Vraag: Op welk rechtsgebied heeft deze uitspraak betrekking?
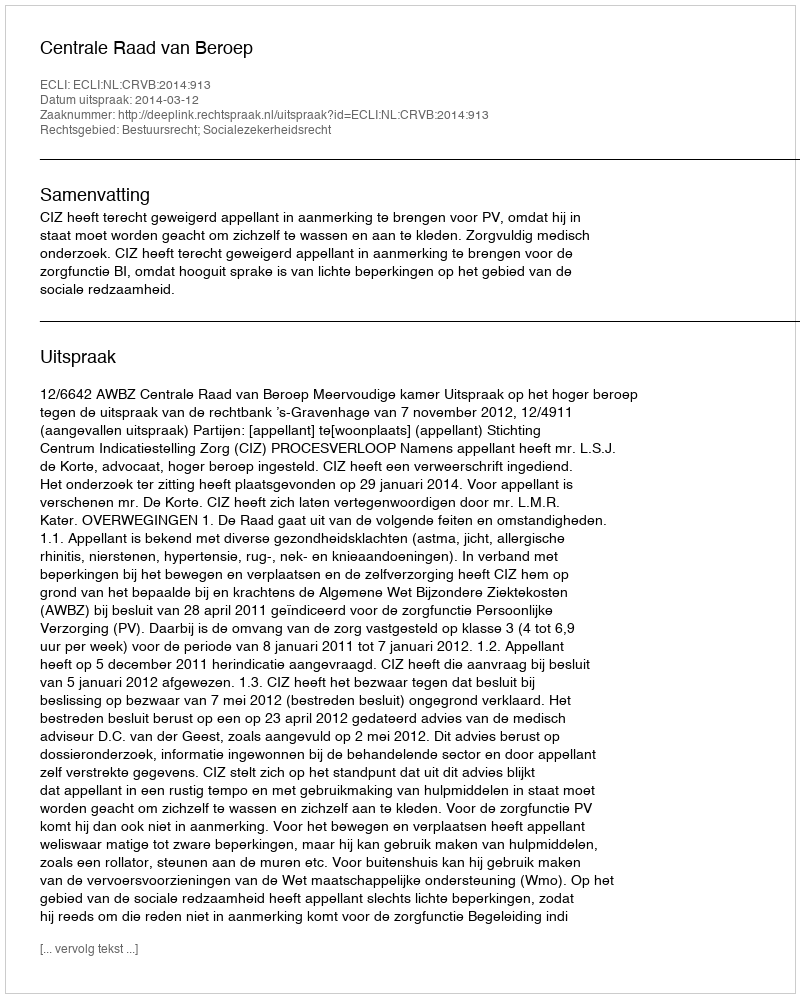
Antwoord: Bestuursrecht; Socialezekerheidsrecht